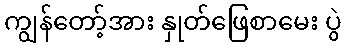
ကျွန်တော့်အား နှုတ်ဖြေစာမေး ပွဲ